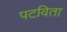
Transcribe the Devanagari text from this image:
पटविता